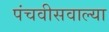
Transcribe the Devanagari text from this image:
पंचवीसवाल्या